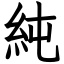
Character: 純